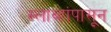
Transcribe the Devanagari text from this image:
स्लाव्हांपासून